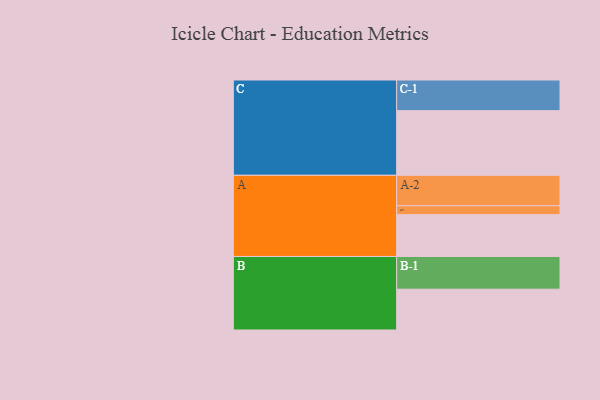
{"axis": {"x": "Segment", "y": "Value"}, "legend": ["", "A", "B", "C"], "data": [{"x": "A", "y": 367, "type": ""}, {"x": "B", "y": 358, "type": ""}, {"x": "C", "y": 567, "type": ""}, {"x": "A-1", "y": 78, "type": "A"}, {"x": "A-2", "y": 267, "type": "A"}, {"x": "B-1", "y": 287, "type": "B"}, {"x": "C-1", "y": 269, "type": "C"}]}